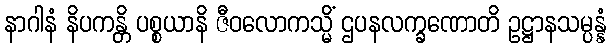
နာဂါနံ နိပကန္တိ ပစ္စယာနိ ဇီဝလောကသ္မိံ ဌပနလက္ခဏောတိ ဥဋ္ဌာနသမ္ပန္နံ